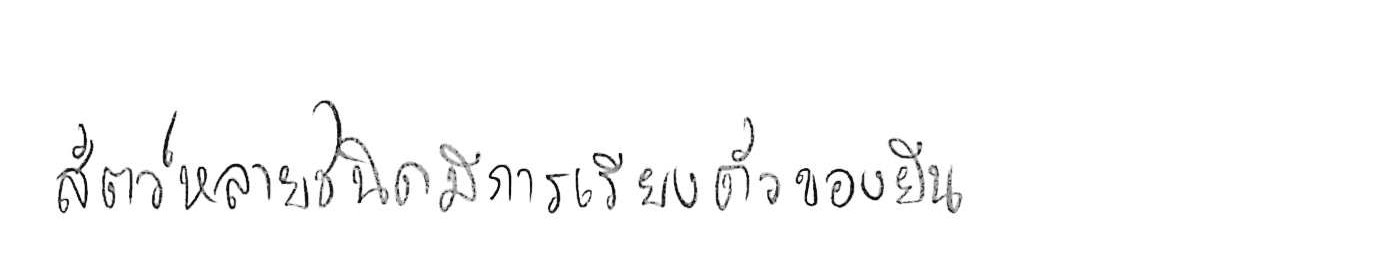
สัตว์หลายชนิดมีการเรียงตัวของยีน